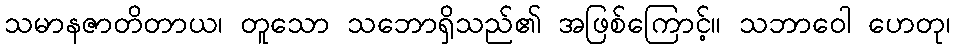
သမာနဇာတိတာယ၊ တူသော သဘောရှိသည်၏ အဖြစ်ကြောင့်။ သဘာဝေါ ဟေတု၊